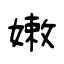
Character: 嫩